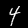
Label: 4